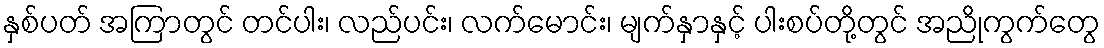
နှစ်ပတ် အကြာတွင် တင်ပါး၊ လည်ပင်း၊ လက်မောင်း၊ မျက်နှာနှင့် ပါးစပ်တို့တွင် အညိုကွက်တွေ